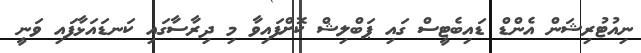
ނިއުޓުރިޝަން އެންޑް ޑައިބެޓީސް ގައި ޕަބްލިޝް ކޮށްފައިވާ މި ދިރާސާގައި ކަނޑައަޅާފައި ވަނީ